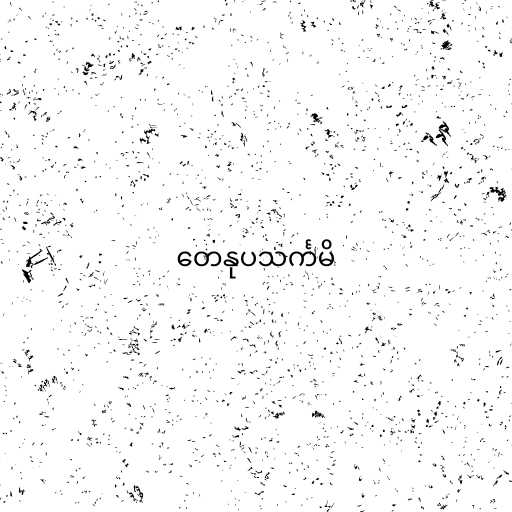
တေနုပသင်္ကမိ